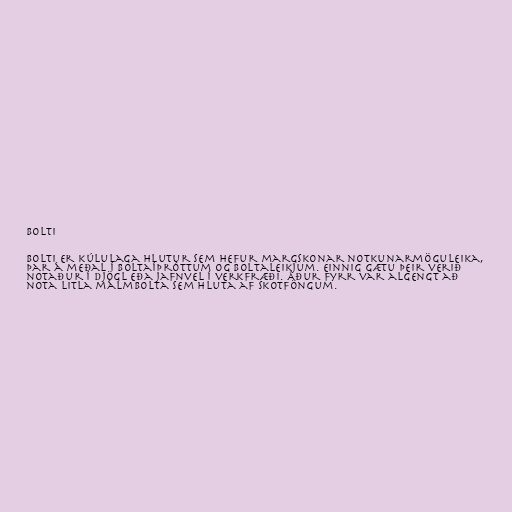
Bolti

Bolti er kúlulaga hlutur sem hefur margskonar notkunarmöguleika,
þar á meðal í boltaíþróttum og boltaleikjum. Einnig gætu þeir verið
notaður í djögl eða jafnvel í verkfræði. Áður fyrr var algengt að
nota litla málmbolta sem hluta af skotföngum.